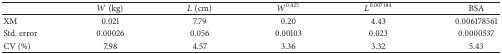
<table><thead><tr><td><b> </b></td><td><b><i>W</i> (kg)</b></td><td><b><i>L</i> (cm)</b></td><td><b><i>W</i><sup>0.425</sup></b></td><td><b><i>L</i><sup>0.007184</sup></b></td><td><b>BSA</b></td></tr></thead><tbody><tr><td>XM</td><td>0.021</td><td>7.79</td><td>0.20</td><td>4.43</td><td>0.006178561</td></tr><tr><td>Std. error</td><td>0.00026</td><td>0.056</td><td>0.00103</td><td>0.023</td><td>0.0000537</td></tr><tr><td>CV (%)</td><td>7.98</td><td>4.57</td><td>3.36</td><td>3.32</td><td>5.43</td></tr></tbody></table>